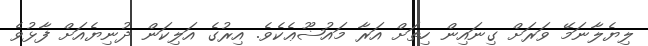
ލިޔެލާނަމޭ ވަރަށް ގިނައިން ހިތަށް އަރާ މައުޟޫޢެކެވެ. އިރުގެ އަލިކަން ދުނިޔެއަށް ފާޅުވެ